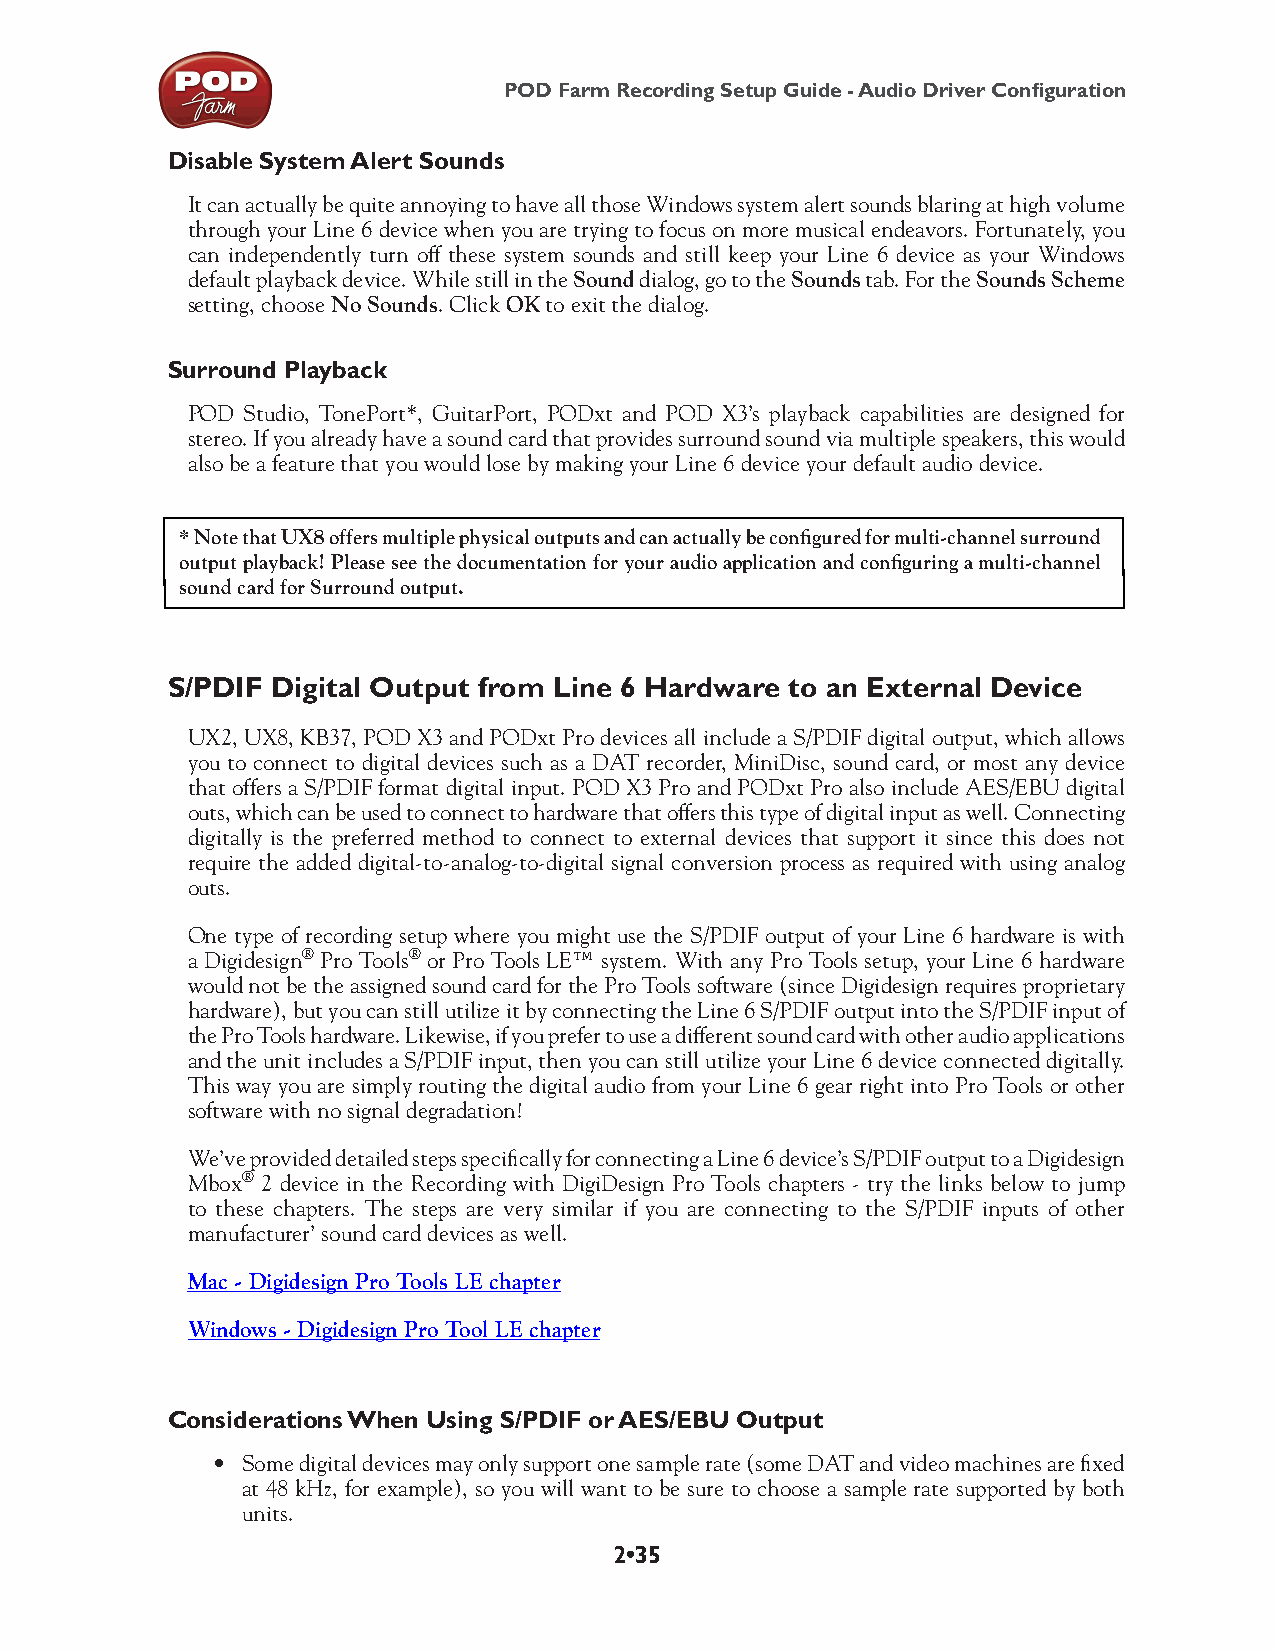
POD Farm Recording Setup Guide - Audio Driver Configuration
 Disable System Alert Sounds
 It can actually be quite annoying to have all those Windows system alert sounds blaring at high volume
 through your Line 6 device when you are trying to focus on more musical endeavors. Fortunately, you
 can independently turn off these system sounds and still keep your Line 6 device as your Windows
 default playback device. While still in the Sound dialog, go to the Sounds tab. For the Sounds Scheme
 setting, choose No Sounds. Click OK to exit the dialog.
 Surround Playback
 POD Studio, TonePort*, GuitarPort, PODxt and POD X3’s playback capabilities are designed for
 stereo. If you already have a sound card that provides surround sound via multiple speakers, this would
 also be a feature that you would lose by making your Line 6 device your default audio device.
 * Note that UX8 offers multiple physical outputs and can actually be configured for multi-channel surround
 output playback! Please see the documentation for your audio application and configuring a multi-channel
 sound card for Surround output.
 S/PDIF Digital Output from Line 6 Hardware to an External Device
 UX2, UX8, KB37, POD X3 and PODxt Pro devices all include a S/PDIF digital output, which allows
 you to connect to digital devices such as a DAT recorder, MiniDisc, sound card, or most any device
 that offers a S/PDIF format digital input. POD X3 Pro and PODxt Pro also include AES/EBU digital
 outs, which can be used to connect to hardware that offers this type of digital input as well. Connecting
 digitally is the preferred method to connect to external devices that support it since this does not
 require the added digital-to-analog-to-digital signal conversion process as required with using analog
 outs.
 One type of recording setup where you might use the S/PDIF output of your Line 6 hardware is with
 a Digidesign® Pro Tools® or Pro Tools LE™ system. With any Pro Tools setup, your Line 6 hardware
 would not be the assigned sound card for the Pro Tools software (since Digidesign requires proprietary
 hardware), but you can still utilize it by connecting the Line 6 S/PDIF output into the S/PDIF input of
 the Pro Tools hardware. Likewise, if you prefer to use a different sound card with other audio applications
 and the unit includes a S/PDIF input, then you can still utilize your Line 6 device connected digitally.
 This way you are simply routing the digital audio from your Line 6 gear right into Pro Tools or other
 software with no signal degradation!
 We’ve provided detailed steps specifically for connecting a Line 6 device’s S/PDIF output to a Digidesign
 Mbox® 2 device in the Recording with DigiDesign Pro Tools chapters - try the links below to jump
 to these chapters. The steps are very similar if you are connecting to the S/PDIF inputs of other
 manufacturer’ sound card devices as well.
 Mac - Digidesign Pro Tools LE chapter
 Windows - Digidesign Pro Tool LE chapter
 Considerations When Using S/PDIF or AES/EBU Output
 • Some digital devices may only support one sample rate (some DAT and video machines are fixed
 at 48 kHz, for example), so you will want to be sure to choose a sample rate supported by both
 units.
 2•35